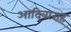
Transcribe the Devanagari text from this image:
आदिवाराह